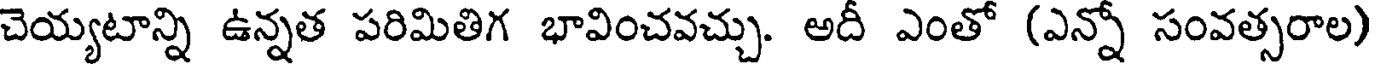
చెయ్యటాన్ని ఉన్నత పరిమితిగ భావించవచ్చు. అదీ ఎంతో (ఎన్నో సంవత్సరాల)